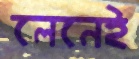
লেনেই